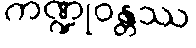
ကဏ္ဍုဝန္တဿ